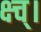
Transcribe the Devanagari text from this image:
क्ष्च्।